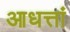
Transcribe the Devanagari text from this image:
आधत्तां